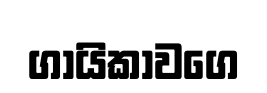
ගායිකාවගෙ